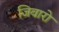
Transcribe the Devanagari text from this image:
जिवारो